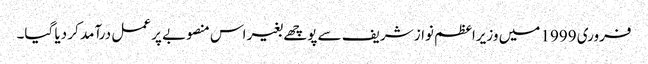
فروری 1999 میں وزیراعظم نواز شریف سے پوچھے بغیر اس منصوبے پر عمل درآمد کر دیا گیا۔